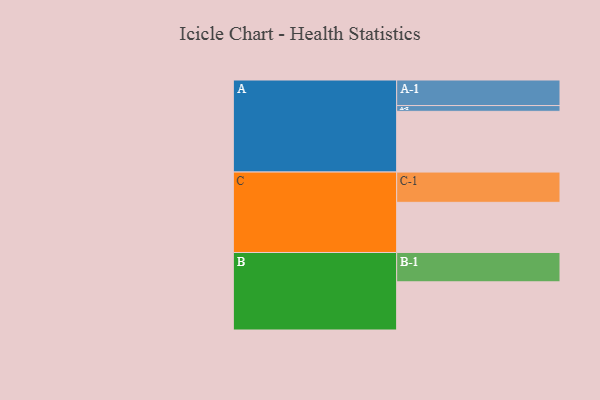
{"axis": {"x": "Segment", "y": "Value"}, "legend": ["", "A", "B", "C"], "data": [{"x": "A", "y": 580, "type": ""}, {"x": "B", "y": 460, "type": ""}, {"x": "C", "y": 479, "type": ""}, {"x": "A-1", "y": 244, "type": "A"}, {"x": "A-2", "y": 55, "type": "A"}, {"x": "B-1", "y": 280, "type": "B"}, {"x": "C-1", "y": 289, "type": "C"}]}